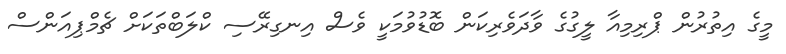
މީގެ އިތުރުން ޕްރިމިއާ ލީގުގެ ވާދަވެރިކަން ބޮޑުވުމަކީ ވެސް އިނގިރޭސި ކްލަބްތަކަށް ޗެމްޕިއަންސް